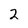
Character: 2